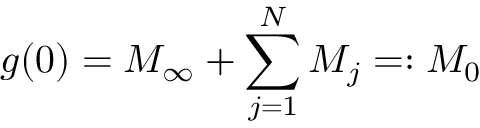
g ( 0 ) = M _ { \infty } + \sum _ { j = 1 } ^ { N } M _ { j } = : M _ { 0 }